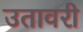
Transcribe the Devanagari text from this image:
उतावरी